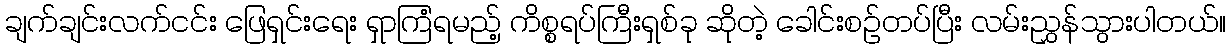
ချက်ချင်းလက်ငင်း ဖြေရှင်းရေး ရှာကြံရမည့် ကိစ္စရပ်ကြီးရှစ်ခု ဆိုတဲ့ ခေါင်းစဉ်တပ်ပြီး လမ်းညွှန်သွားပါတယ်။